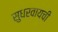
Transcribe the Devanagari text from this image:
सुधरवायची